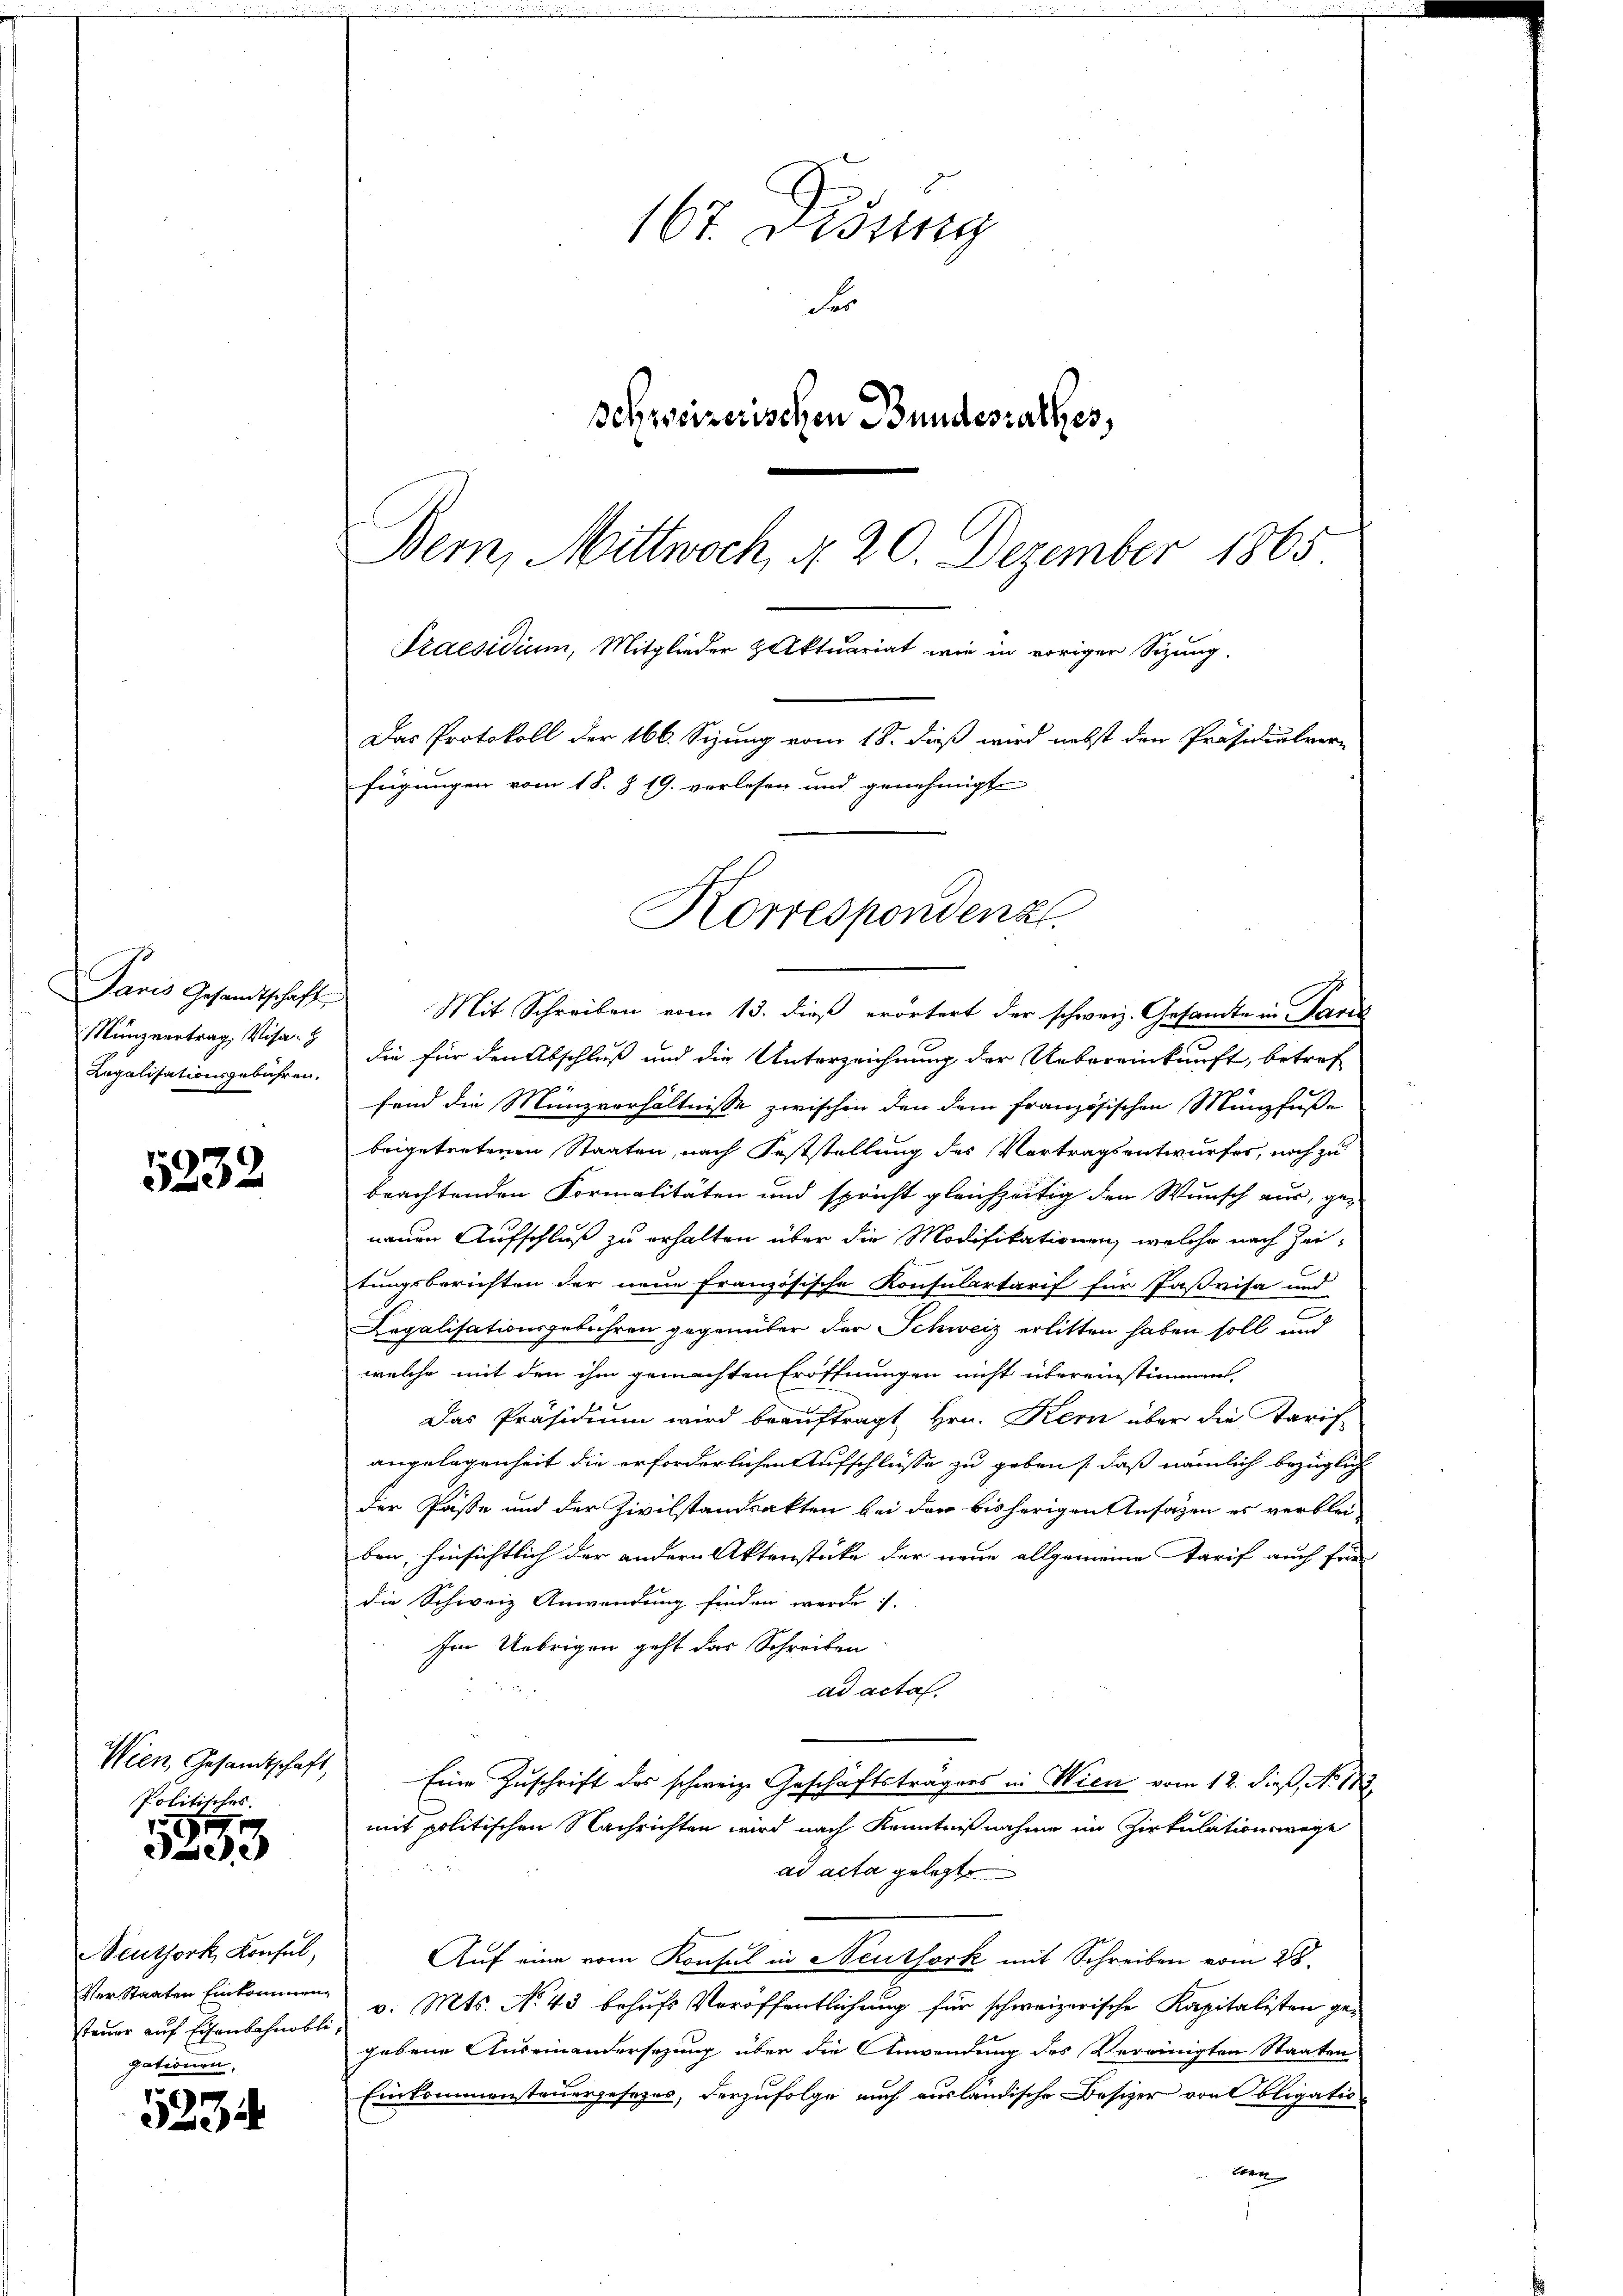
Münzvertrag, Visa
Legalisationsgebühren.

5232

Wien, Gesandtschaft,
Politisches.

r
333

euthork, Konsul,
Ver Staaten Einkommen
steuer auf Eisenbahnobli-
gationen,

5234

167. Disung
Fr
Schweizerischen Bundesrathes,
Bern, Mittwoch, d. 20. Dezember 1865
Praesidium, Mitglieder paktuariat, wie in voriger Sitzung.
Das Protokoll der 166. Sizung vom 18. daß wird nebst den Präsidialver-
fügungen vom 18. § 19. verlesen und genehmigt

Paris Gesandtschaft Mit Schreiben vom 13. dieß erörtert der schweiz. Gesamte in Pare
die für den Abschluß und die Unterzeichnung der Uebereinkunft, betref
fend die Münzverhältnisse zwischen den dem französischen Münzfuße
beigetretenen Staaten, nach Feststellung des Vertragsentwurfer, noch zu
beachtenden Formalitäten und spricht gleichzeitig den Wunsch aus, ge-
neuen Aufschluß zu erhalten über die Modifikationen, welche nach Zeitungsberichten der neue Französische Konsulartarif für Paßvisa und
Legalisationsgebühren gegenüber der Schweiz erlitten haben soll und
welche mit den ihm gemachten Eröffnungen nicht übereinstimmet,
Das Präsidium wird beauftragt Hrn. Kern über die Tarif
angelegenheit die erforderlichen Aufschlüsse zu geben, daß nämlich bezüglich
der Pässe und der Zivilstandsakten bei der bisherigen Ansagen es verblei-
ben, hinsichtlich der andern Aktenstücke der neue allgemeine Tarif auch für
die Schweiz Anwendung finden werde.
Im Uebrigen geht das Schreiben
5
ad acta.
Eine Zuschrift des schweiz. Geschäftsträgers in Wien vom 12. dieß, No. 1873.
mit politischen Nachrichten wird nach Kenntnißnahme im Zirkulationswege
ad acta gelegte
Auf eine vom Konsul in Neuthork mit Schreiben vom 28.
v. Mts. No 43 behufs Veröffentlichung für schweizerische Kapitalisten gegebene Auseinandersezung über die Anwendung des Vereinigten Staaten
Einkommensteuergesezes, derzufolge auch ausländische Besizer von bligatio
tern

Korrespondenz